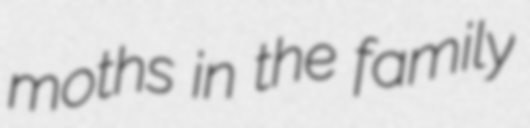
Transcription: moths in the family